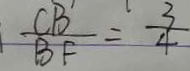
\frac { C B ^ { \prime } } { B F } = \frac { 3 } { 4 }